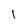
Character: l